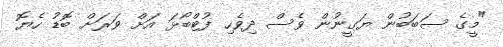
"މީގެ ސަބަބުން ޔަގީނުން ވެސް ދިވެހި ފުޓްބޯޅަ އަށް ވަރަށް ބޮޑު ހެޔޮ